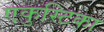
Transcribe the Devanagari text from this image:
एकुस्टिका